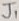
Text: J1